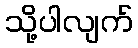
သို့ပါလျက်